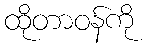
ထိုတာဝန်ကို